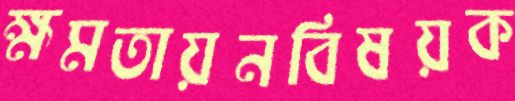
ক্ষমতায়নবিষয়ক